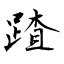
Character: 蹅